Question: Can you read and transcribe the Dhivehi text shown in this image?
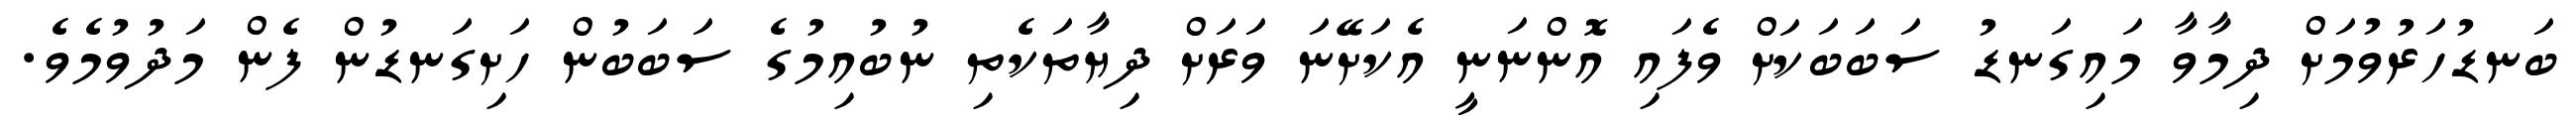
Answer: ބަނޑުހަރުވުމަށް ދިމާވާ މައިގަނޑު ސަބަބަކަށް ވެފައި އޮންނަނީ އެކަށޭނަ ވަރަށް ދިޔާތަކެތި ނުބުއިމުގެ ސަބަބުން ހަށިގަނޑުން ފެން މަދުވުމެވެ.